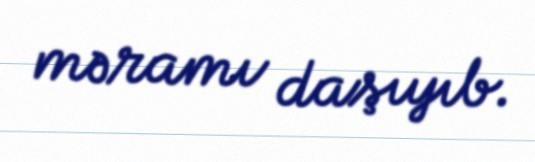
məramı daşıyıb.